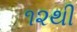
૧૨થી